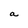
Character: a